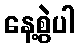
နေ့စွဲပါ